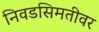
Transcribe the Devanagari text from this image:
निवडसिमतीवर